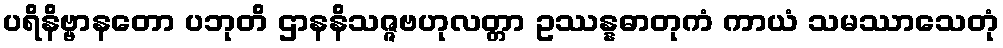
ပရိနိဗ္ဗာနတော ပဘုတိ ဌာနနိသဇ္ဇဗဟုလတ္တာ ဥဿန္နဓာတုကံ ကာယံ သမဿာသေတုံ